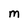
Character: M